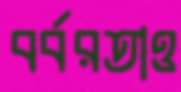
বর্বরতাও